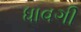
ધાવગી